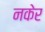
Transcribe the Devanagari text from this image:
नकेर